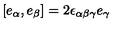
[ e _ { \alpha } , e _ { \beta } ] = 2 \epsilon _ { \alpha \beta \gamma } e _ { \gamma }